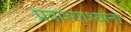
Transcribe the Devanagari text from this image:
प्रवाश्याश्यांना